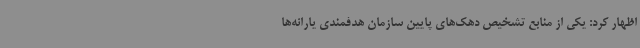
اظهار کرد: یکی از منابع تشخیص دهک‌های پایین سازمان هدفمندی یارانه‌ها